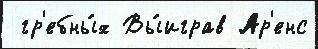
 гр'ебны́х Вы́играв Ар'енс